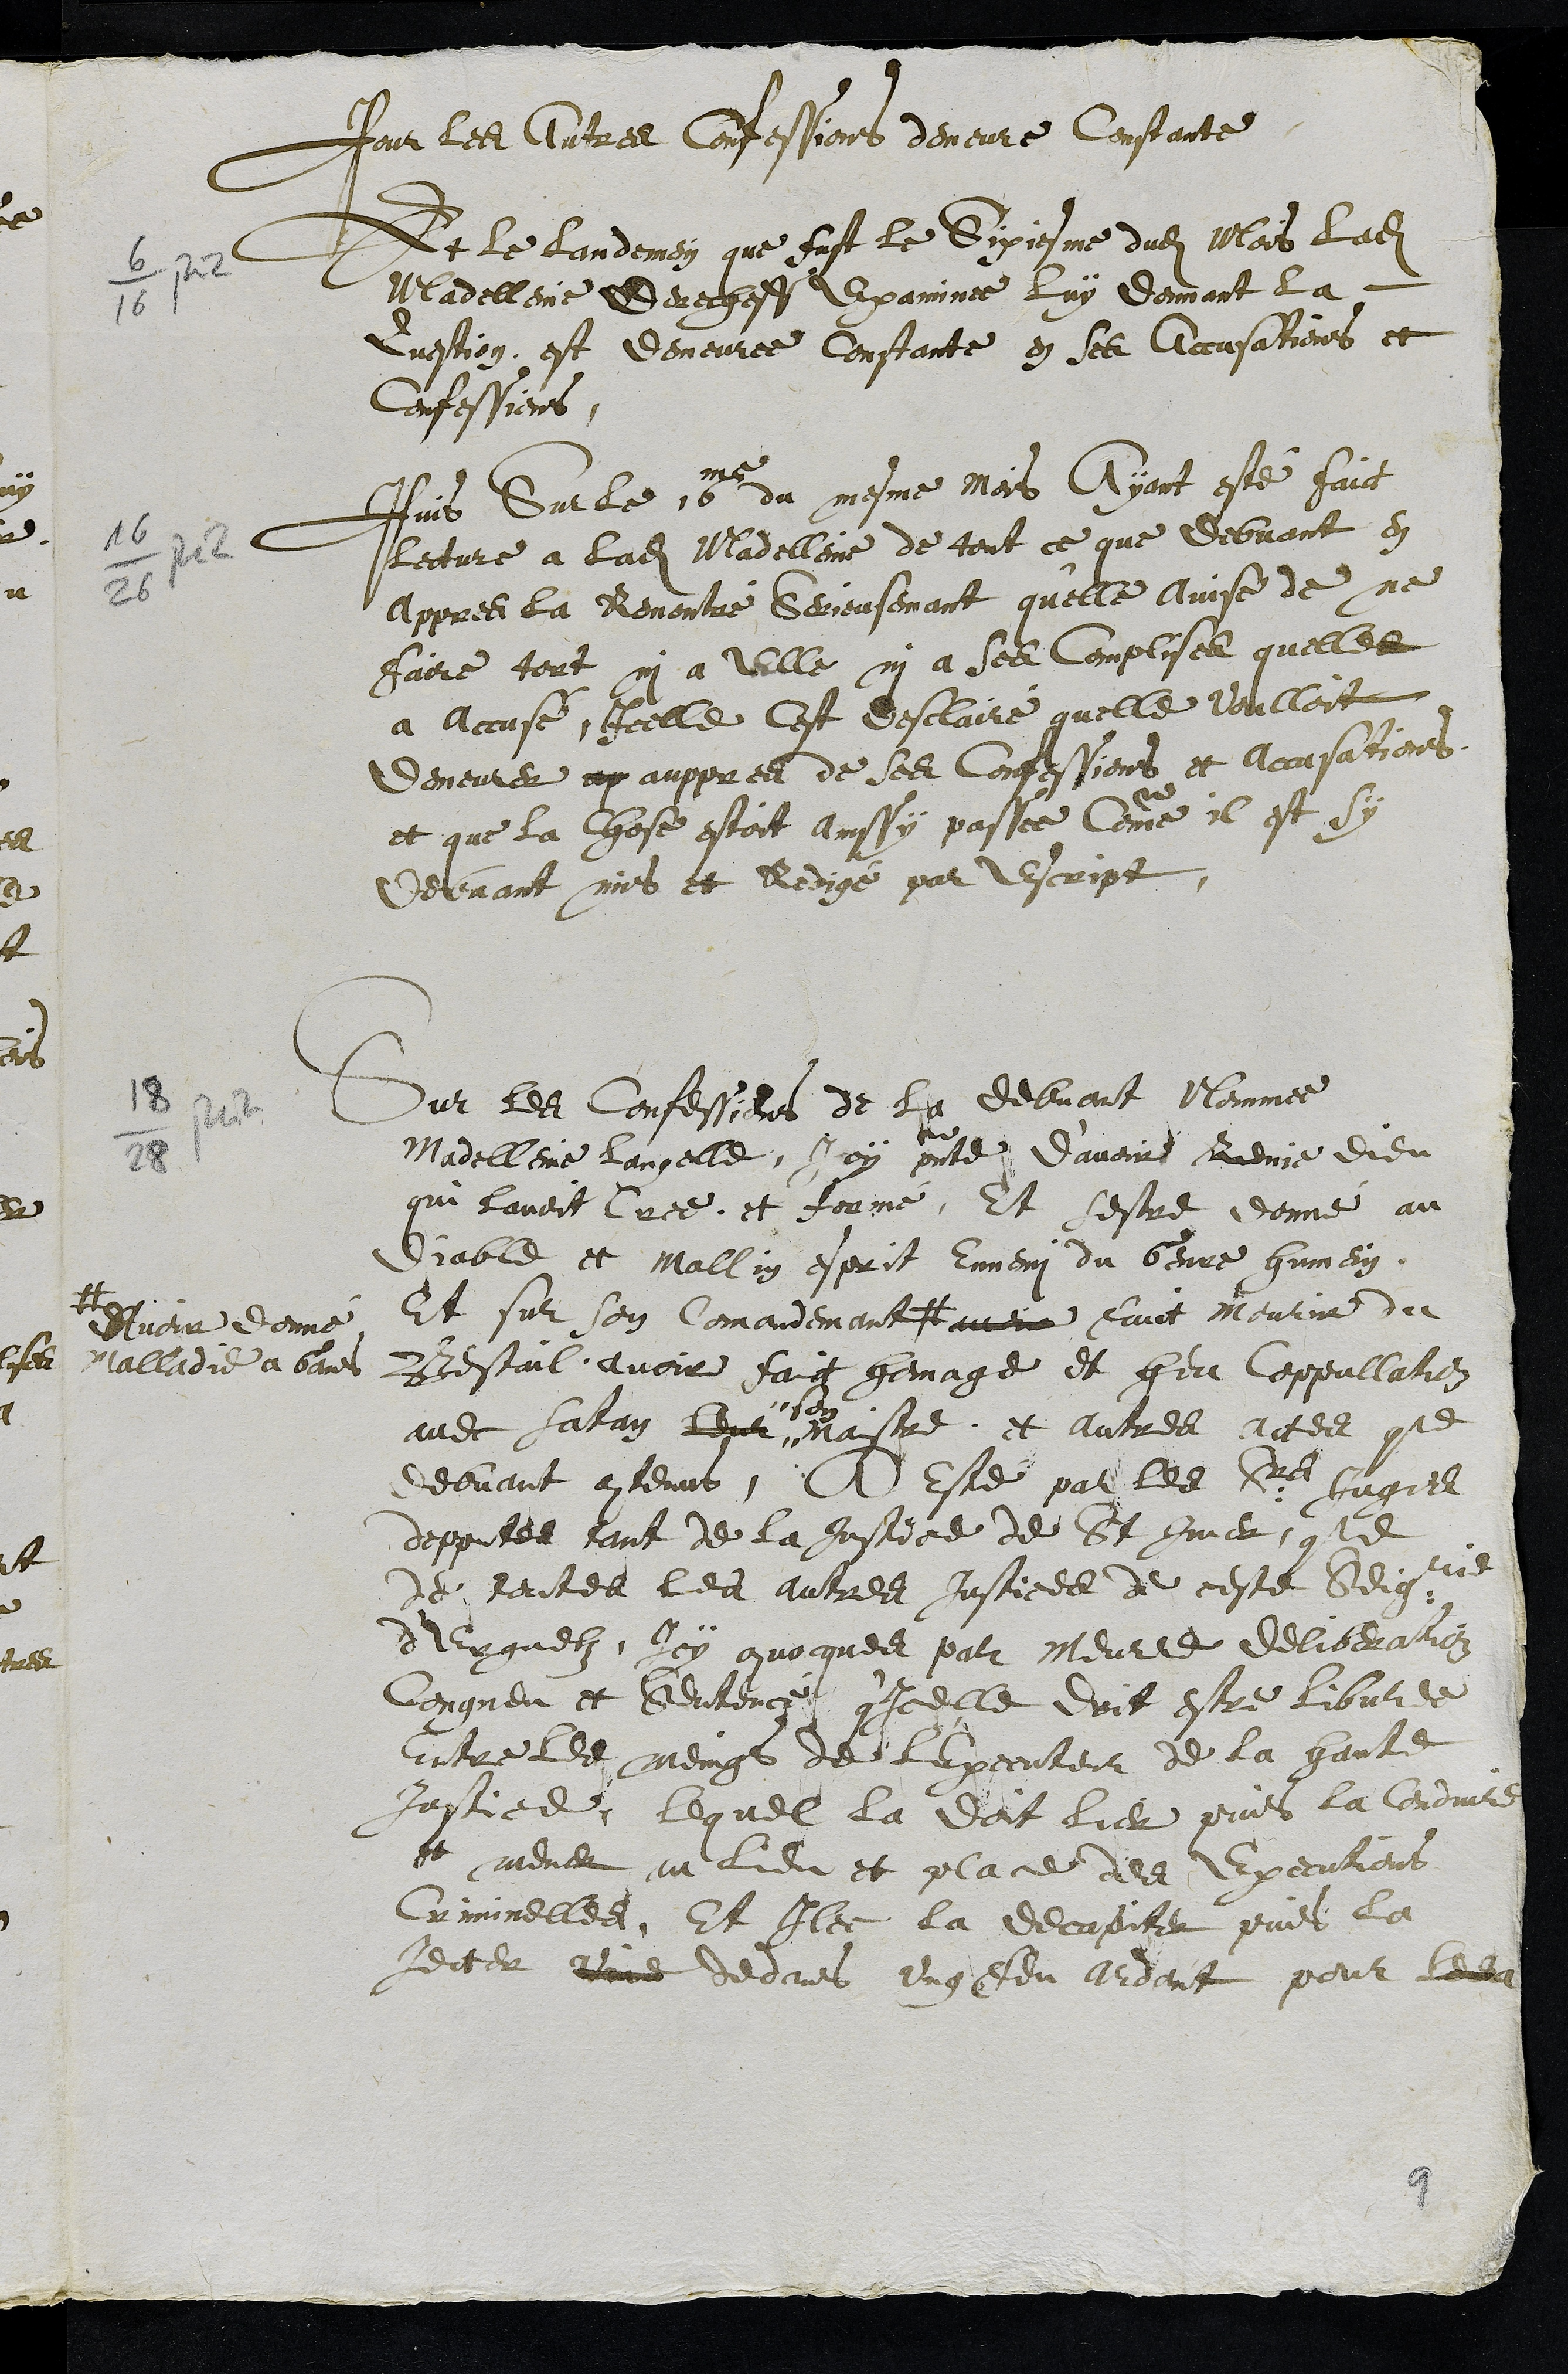
Pour les Autres confessions demeure constante
6 juin
Et le landemein que fust le Sixiesme dudit Mois ladite
Madelleine derecheff examinee luy donnant la
Question est demeuree Constante en ses accusations et
Confessions
16 juin
Puis Sur le 16me du mesme mois Ayant esté faict
lecture a ladite Madelleine de tout ce que debvant en
appres la Remontré Serieusemant qu'elle avise de ne
faire tort ni a Elle ni a ses Complises quelles
a accusé, icelle cest desclairé quelle voulloit
demeurer ap auppres de ses Confessions et accusations.
et que la chose estoit ainssy passee comme il est sy
devant mis et Redigé par escript,
18 juin
Sur les Confessions de la debvant Nommee
Madelleine Langelle, Icy presente d’avoir Renie dieu
que lavoit Cree et formé, Et sestre donné au
diable et mallin esprit ennemi du Genre humein
Et sur son Comandement #
#
Avoir donné
malladie a Gens
avoir faict mourir du
Bestail, avoir faict homage et heu Coppullation
avec Satan leur
son
maistre, et autres actes comme
debvant contenus, A Esté par les Srs Juges
depputes tant de la Justice de St Imer comme
de toutes les aultres Justices de ceste Seigneurie
d'Erguelz, Icy convoques par meurre deliberation
Congneu et sentencé q'icelle dois estre libvree
entre les meings de l'Executeur de la haute
Justice, lequel la doit lier puis la conduire
et mener au lieu et place des Executions
Criminelles, Et Illec la decapiter puis la
Jecter vive dedans ung heu ardant pour les
9